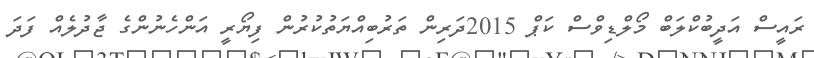
ރައީސް އަދީބުކްލަބް މޯލްޑިވްސް ކަޕް 2015ދަރިން ތަރުބިއްޔަތުކުރުން ފިޔޯރީ އަންހެނުންގެ ޖާދުލެއް ފަދަ